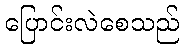
ပြောင်းလဲစေသည်